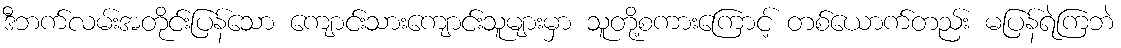
ဒီဘက်လမ်းအတိုင်းပြန်သော ကျောင်းသားကျောင်းသူများမှာ သူတို့စကားကြောင့် တစ်ယောက်တည်း မပြန်ရဲကြဘဲ